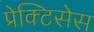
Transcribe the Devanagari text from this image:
प्रेक्टिसेस